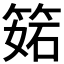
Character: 𥯉